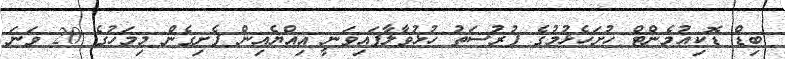
ބިޑް ޑޮކިއުމެންޓް ހުށަހެޅުމުގެ ފުރުސަތު ހުޅުވާލާފައިވަނީ އިއްޔެއިން ފެށިގެން މިމަހުގެ 20 ވަނަ